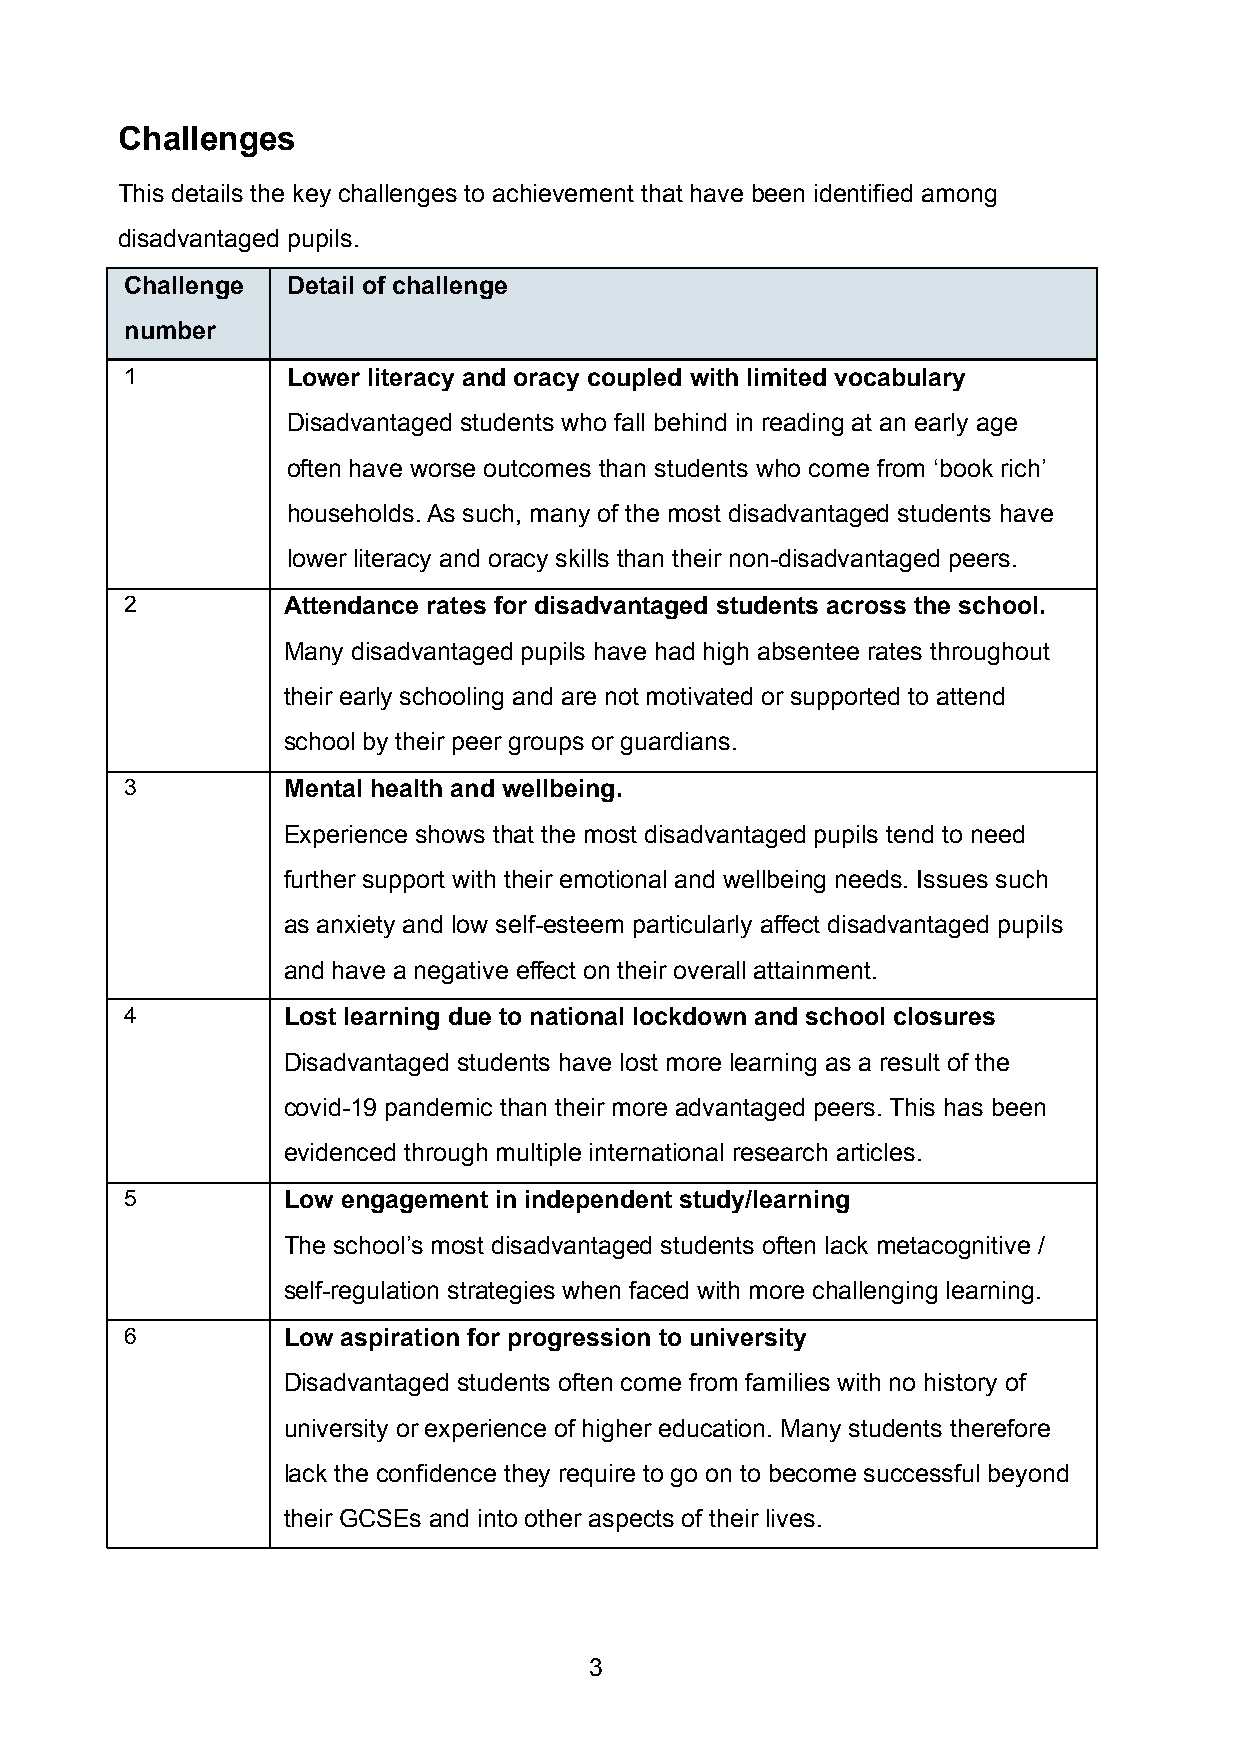
Challenges
 This details the key challenges to achievement that have been identified among
 disadvantaged pupils.
 Challenge  Detail of challenge
 number
 1          Lower literacy and oracy coupled with limited vocabulary
 Disadvantaged students who fall behind in reading at an early age
 often have worse outcomes than students who come from ‘book rich’
 households. As such, many of the most disadvantaged students have
 lower literacy and oracy skills than their non-disadvantaged peers.
 2          Attendance rates for disadvantaged students across the school.
 Many disadvantaged pupils have had high absentee rates throughout
 their early schooling and are not motivated or supported to attend
 school by their peer groups or guardians.
 3          Mental health and wellbeing.
 Experience shows that the most disadvantaged pupils tend to need
 further support with their emotional and wellbeing needs. Issues such
 as anxiety and low self-esteem particularly affect disadvantaged pupils
 and have a negative effect on their overall attainment.
 4          Lost learning due to national lockdown and school closures
 Disadvantaged students have lost more learning as a result of the
 covid-19 pandemic than their more advantaged peers. This has been
 evidenced through multiple international research articles.
 5          Low engagement in independent study/learning
 The school’s most disadvantaged students often lack metacognitive /
 self-regulation strategies when faced with more challenging learning.
 6          Low aspiration for progression to university
 Disadvantaged students often come from families with no history of
 university or experience of higher education. Many students therefore
 lack the confidence they require to go on to become successful beyond
 their GCSEs and into other aspects of their lives.
 3